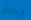
وبتلك